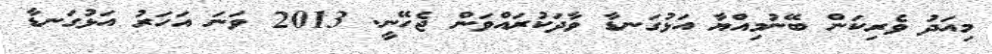
މިއަދު ވެރިކަން ބޭނުމިއްޔާ އަޅުގަނޑާ ވާދަކުރައްވަން ޖެހޭނީ. 2013 ވަނަ އަހަރު އަޅުގަނޑާ